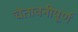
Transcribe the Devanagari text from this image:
चेतावनीपूर्ण